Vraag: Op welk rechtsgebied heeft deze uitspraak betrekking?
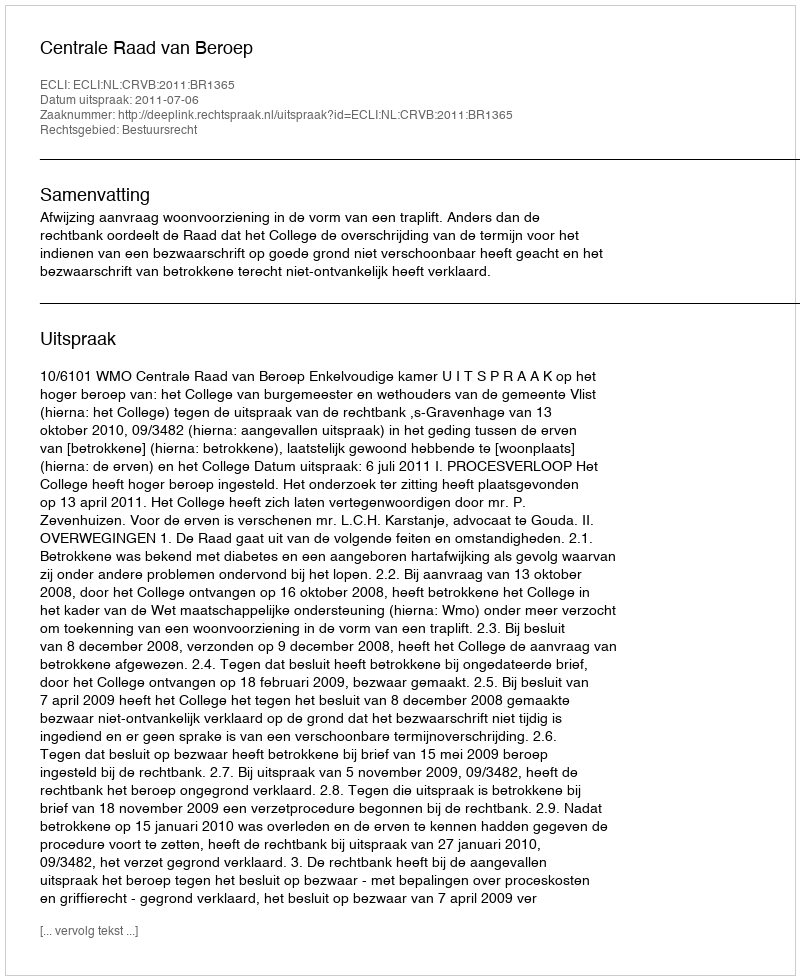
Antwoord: Bestuursrecht